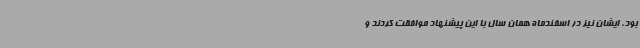
بود، ایشان نیز در اسفندماه همان سال با این پیشنهاد موافقت کردند و